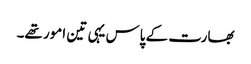
بھارت کے پاس یہی تین امور تھے۔